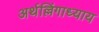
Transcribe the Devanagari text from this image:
अर्थल्लिंगाध्याय